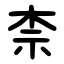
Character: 柰